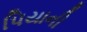
પિયાની